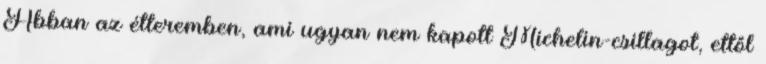
Abban az étteremben, ami ugyan nem kapott Michelin-csillagot, ettől